Civil Veterinary Department Bengal reports 1933-51 - 1933-1951
Year: 1933
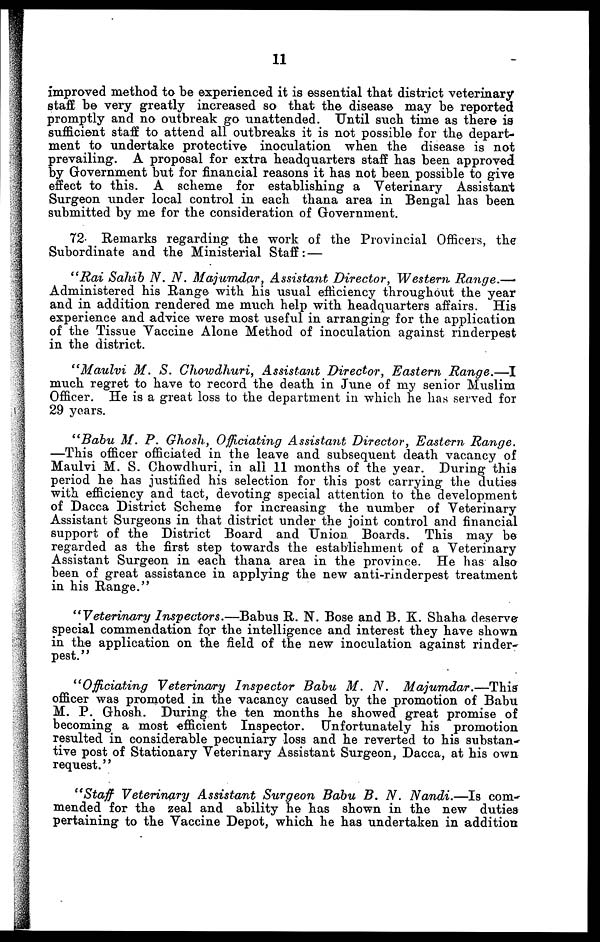
11
improved method to be experienced it is essential that district veterinary
staff be very greatly increased so that the disease may be reported
promptly and no outbreak go unattended. Until such time as there is
sufficient staff to attend all outbreaks it is not possible for the depart-
ment to undertake protective inoculation when the disease is not
prevailing. A proposal for extra headquarters staff has been approved
by Government but for financial reasons it has not been possible to give
effect to this. A scheme for establishing a Veterinary Assistant
Surgeon under local control in each thana area in Bengal has been
submitted by me for the consideration of Government.
72. Remarks regarding the work of the Provincial Officers, the
Subordinate and the Ministerial Staff :—
"Rai Sahib N. N. Majumdar, Assistant Director, Western
Range.—
Administered his Range with his usual efficiency throughout the year
and in addition rendered me much help with headquarters affairs. His
experience and advice were most useful in arranging for the application
of the Tissue Vaccine Alone Method of inoculation against rinderpest
in the district.
"Maulvi M. S. Chowdhuri, Assistant Director, Eastern
Range.—I
much regret to have to record the death in June of my senior Muslim
Officer. He is a great loss to the department in which he has served for
29 years.
"Babu M. P. Ghosh, Officiating Assistant Director, Eastern
Range.
—This officer officiated in the leave and subsequent death vacancy of
Maulvi M. S. Chowdhuri, in all 11 months of the year. During this
period he has justified his selection for this post carrying the duties
with efficiency and tact, devoting special attention to the development
of Dacca District Scheme for increasing the number of Veterinary
Assistant Surgeons in that district under the joint control and financial
support of the District Board and Union Boards. This may be
regarded as the first step towards the establishment of a Veterinary
Assistant Surgeon in each thana area in the province. He has also
been of great assistance in applying the new anti-rinderpest treatment
in his Range."
"Veterinary Inspectors.—Babus
R. N. Bose and B. K. Shaha deserve
special commendation for the intelligence and interest they have shown
in the application on the field of the new inoculation against rinder-
pest."
"Officiating
Veterinary Inspector Babu M. N.
Majumdar.—This
officer was promoted in the vacancy caused by the promotion of Babu
M. P. Ghosh. During the ten months he showed great promise of
becoming a most efficient Inspector. Unfortunately his promotion
resulted in considerable pecuniary loss and he reverted to his substan-
tive post of Stationary Veterinary Assistant Surgeon, Dacca, at his own
request."
"Staff Veterinary Assistant Surgeon Babu B. N. Nandi.—Is
com-
mended for the zeal and ability he has shown in the new duties
pertaining to the Vaccine Depot, which he has undertaken in addition